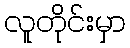
လူတိုင်းမှာ